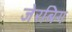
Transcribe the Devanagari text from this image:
जेरबिग